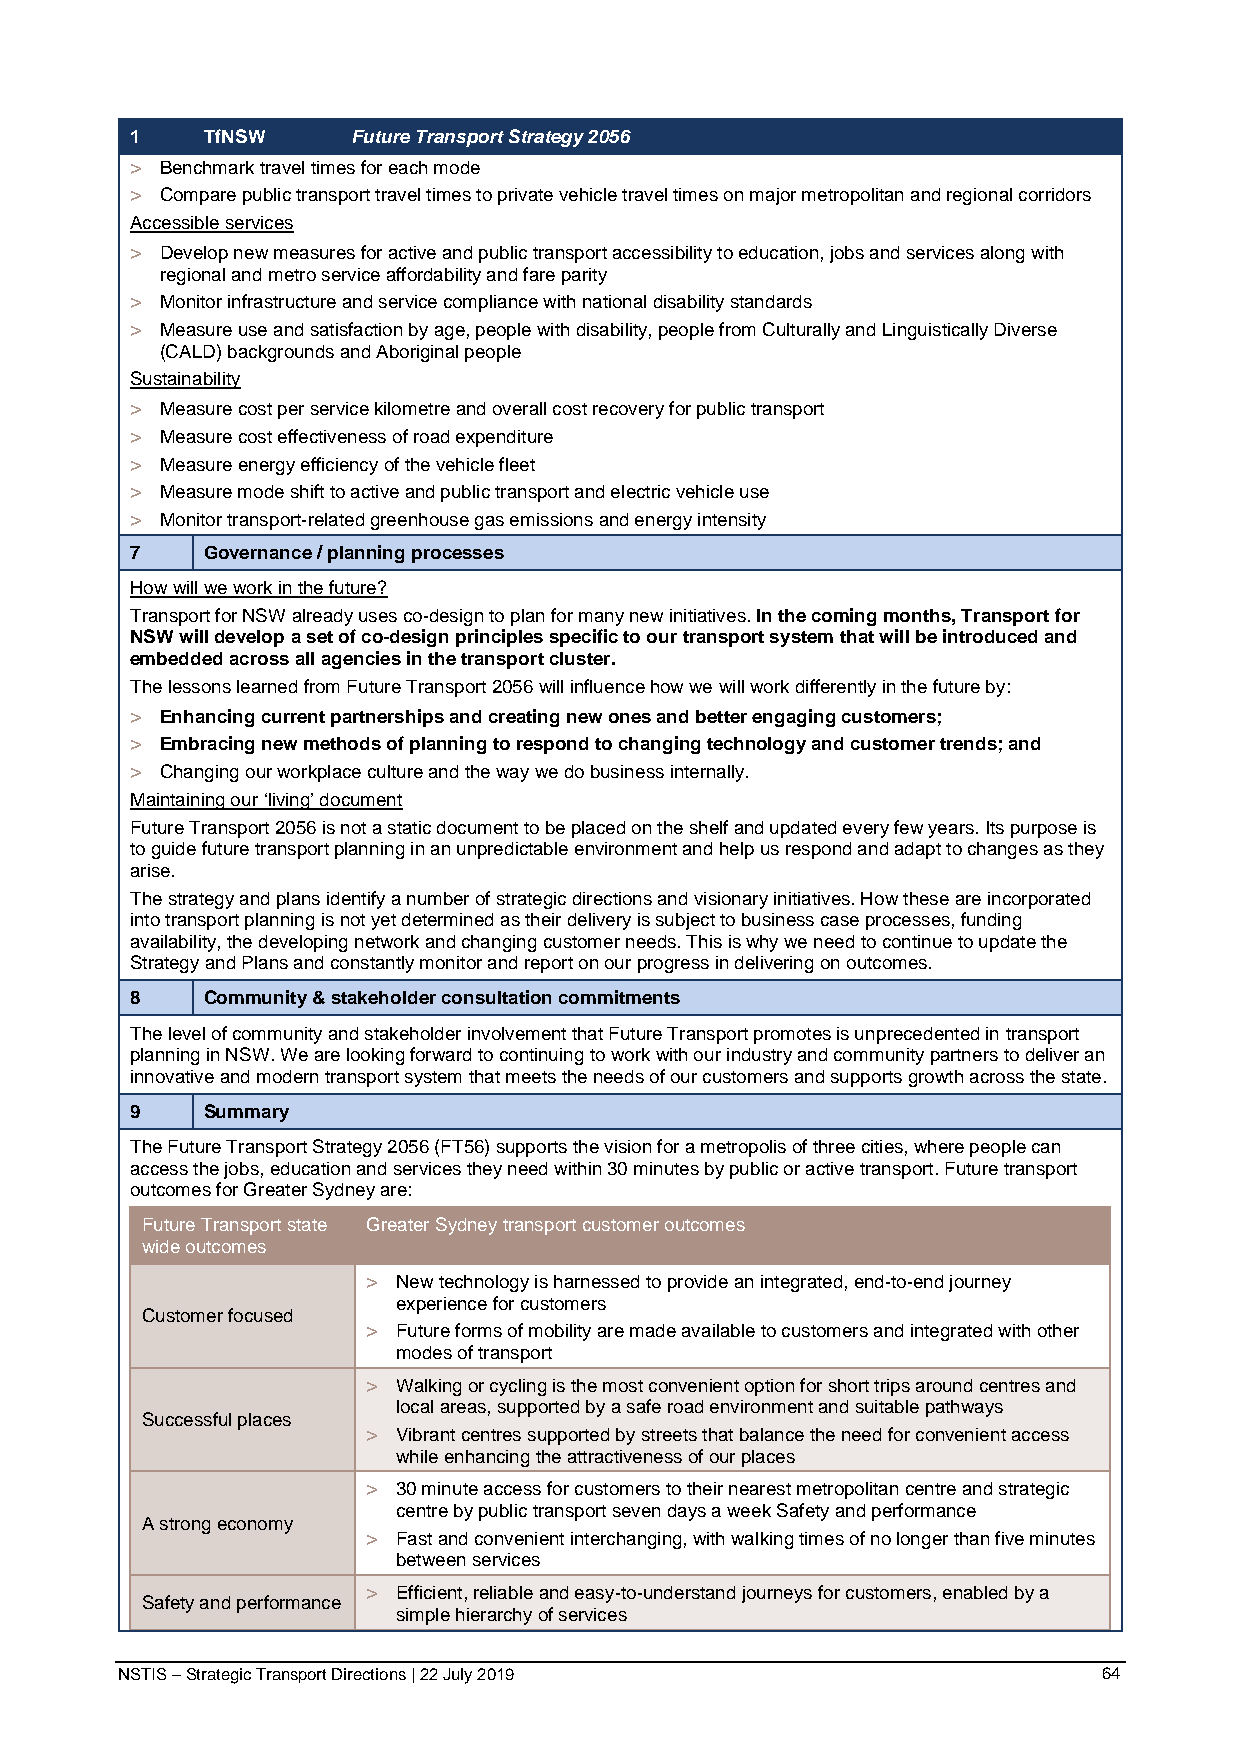
1   TfNSW     Future Transport Strategy 2056
 > Benchmark travel times for each mode
 > Compare public transport travel times to private vehicle travel times on major metropolitan and regional corridors
 Accessible services
 > Develop new measures for active and public transport accessibility to education, jobs and services along with
 regional and metro service affordability and fare parity
 > Monitor infrastructure and service compliance with national disability standards
 > Measure use and satisfaction by age, people with disability, people from Culturally and Linguistically Diverse
 (CALD) backgrounds and Aboriginal people
 Sustainability
 > Measure cost per service kilometre and overall cost recovery for public transport
 > Measure cost effectiveness of road expenditure
 > Measure energy efficiency of the vehicle fleet
 > Measure mode shift to active and public transport and electric vehicle use
 > Monitor transport-related greenhouse gas emissions and energy intensity
 7   Governance / planning processes
 How will we work in the future?
 Transport for NSW already uses co-design to plan for many new initiatives. In the coming months, Transport for
 NSW will develop a set of co-design principles specific to our transport system that will be introduced and
 embedded across all agencies in the transport cluster.
 The lessons learned from Future Transport 2056 will influence how we will work differently in the future by:
 > Enhancing current partnerships and creating new ones and better engaging customers;
 > Embracing new methods of planning to respond to changing technology and customer trends; and
 > Changing our workplace culture and the way we do business internally.
 Maintaining our ‘living’ document
 Future Transport 2056 is not a static document to be placed on the shelf and updated every few years. Its purpose is
 to guide future transport planning in an unpredictable environment and help us respond and adapt to changes as they
 arise.
 The strategy and plans identify a number of strategic directions and visionary initiatives. How these are incorporated
 into transport planning is not yet determined as their delivery is subject to business case processes, funding
 availability, the developing network and changing customer needs. This is why we need to continue to update the
 Strategy and Plans and constantly monitor and report on our progress in delivering on outcomes.
 8   Community & stakeholder consultation commitments
 The level of community and stakeholder involvement that Future Transport promotes is unprecedented in transport
 planning in NSW. We are looking forward to continuing to work with our industry and community partners to deliver an
 innovative and modern transport system that meets the needs of our customers and supports growth across the state.
 9   Summary
 The Future Transport Strategy 2056 (FT56) supports the vision for a metropolis of three cities, where people can
 access the jobs, education and services they need within 30 minutes by public or active transport. Future transport
 outcomes for Greater Sydney are:
 Future Transport state Greater Sydney transport customer outcomes
 wide outcomes
 > New technology is harnessed to provide an integrated, end-to-end journey
 experience for customers
 Customer focused
 > Future forms of mobility are made available to customers and integrated with other
 modes of transport
 > Walking or cycling is the most convenient option for short trips around centres and
 local areas, supported by a safe road environment and suitable pathways
 Successful places
 > Vibrant centres supported by streets that balance the need for convenient access
 while enhancing the attractiveness of our places
 > 30 minute access for customers to their nearest metropolitan centre and strategic
 centre by public transport seven days a week Safety and performance
 A strong economy
 > Fast and convenient interchanging, with walking times of no longer than five minutes
 between services
 > Efficient, reliable and easy-to-understand journeys for customers, enabled by a
 Safety and performance
 simple hierarchy of services
 NSTIS – Strategic Transport Directions | 22 July 2019            64